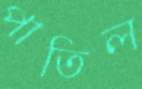
পাতিল